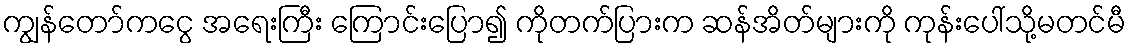
ကျွန်တော်ကငွေ အရေးကြီး ကြောင်းပြော၍ ကိုတက်ပြားက ဆန်အိတ်များကို ကုန်းပေါ်သို့မတင်မီ